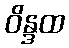
ဝိန္ဒထ